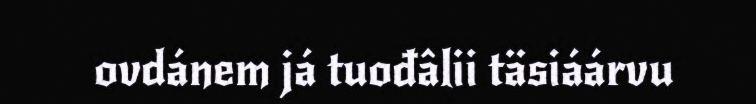
ovdánem já tuođâlii täsiáárvu